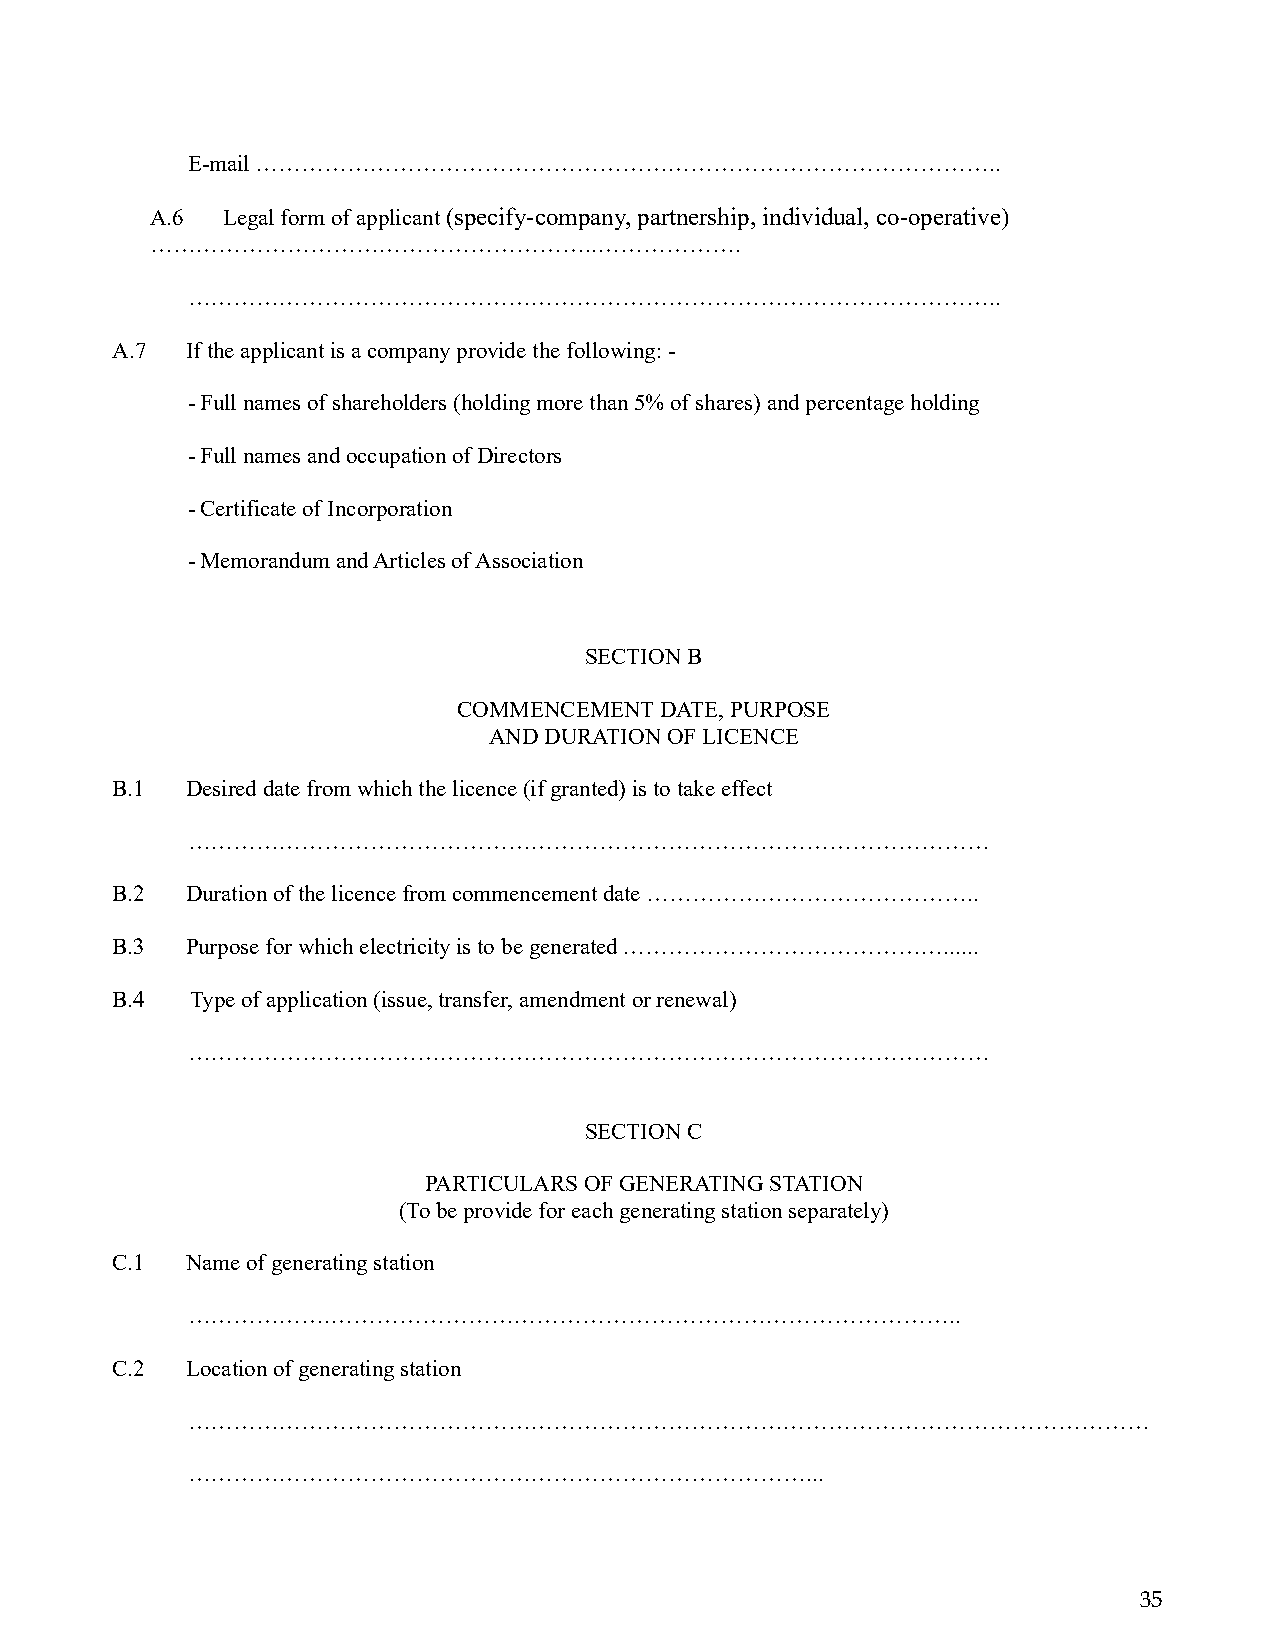
E-mail ……………………………………………………………………………………..
 A.6  Legal form of applicant (specify-company, partnership, individual, co-operative)
 …………………………………………………..……………….
 ……………………………………………………………………………………………..
 A.7  If the applicant is a company provide the following: -
 - Full names of shareholders (holding more than 5% of shares) and percentage holding
 - Full names and occupation of Directors
 - Certificate of Incorporation
 - Memorandum and Articles of Association
 SECTION B
 COMMENCEMENT  DATE, PURPOSE
 AND DURATION OF LICENCE
 B.1  Desired date from which the licence (if granted) is to take effect
 ……………………………………………………………………………………………
 B.2  Duration of the licence from commencement date ……………………………………..
 B.3  Purpose for which electricity is to be generated ……………………………………......
 B.4   Type of application (issue, transfer, amendment or renewal)
 ……………………………………………………………………………………………
 SECTION C
 PARTICULARS OF GENERATING STATION
 (To be provide for each generating station separately)
 C.1  Name of generating station
 ……………….………………………………………………………………………..
 C.2  Location of generating station
 ………………………………………………………………………………………………………………
 ………………………………………………………………………...
 35